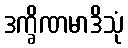
ဒက္ခိဏမာဒိသုံ